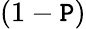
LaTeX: (1-\mathtt{P})